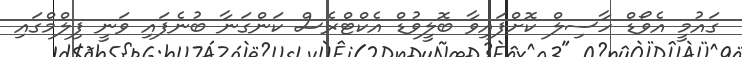
ގައުމީ އެވޯޑް ހާސިލް ކޮށްފައިވާ ބޮލީވުޑް އެކްޓްރެސް ކަންގަނާ ބުނެފައި ވަނީ ފިލްމްގައި